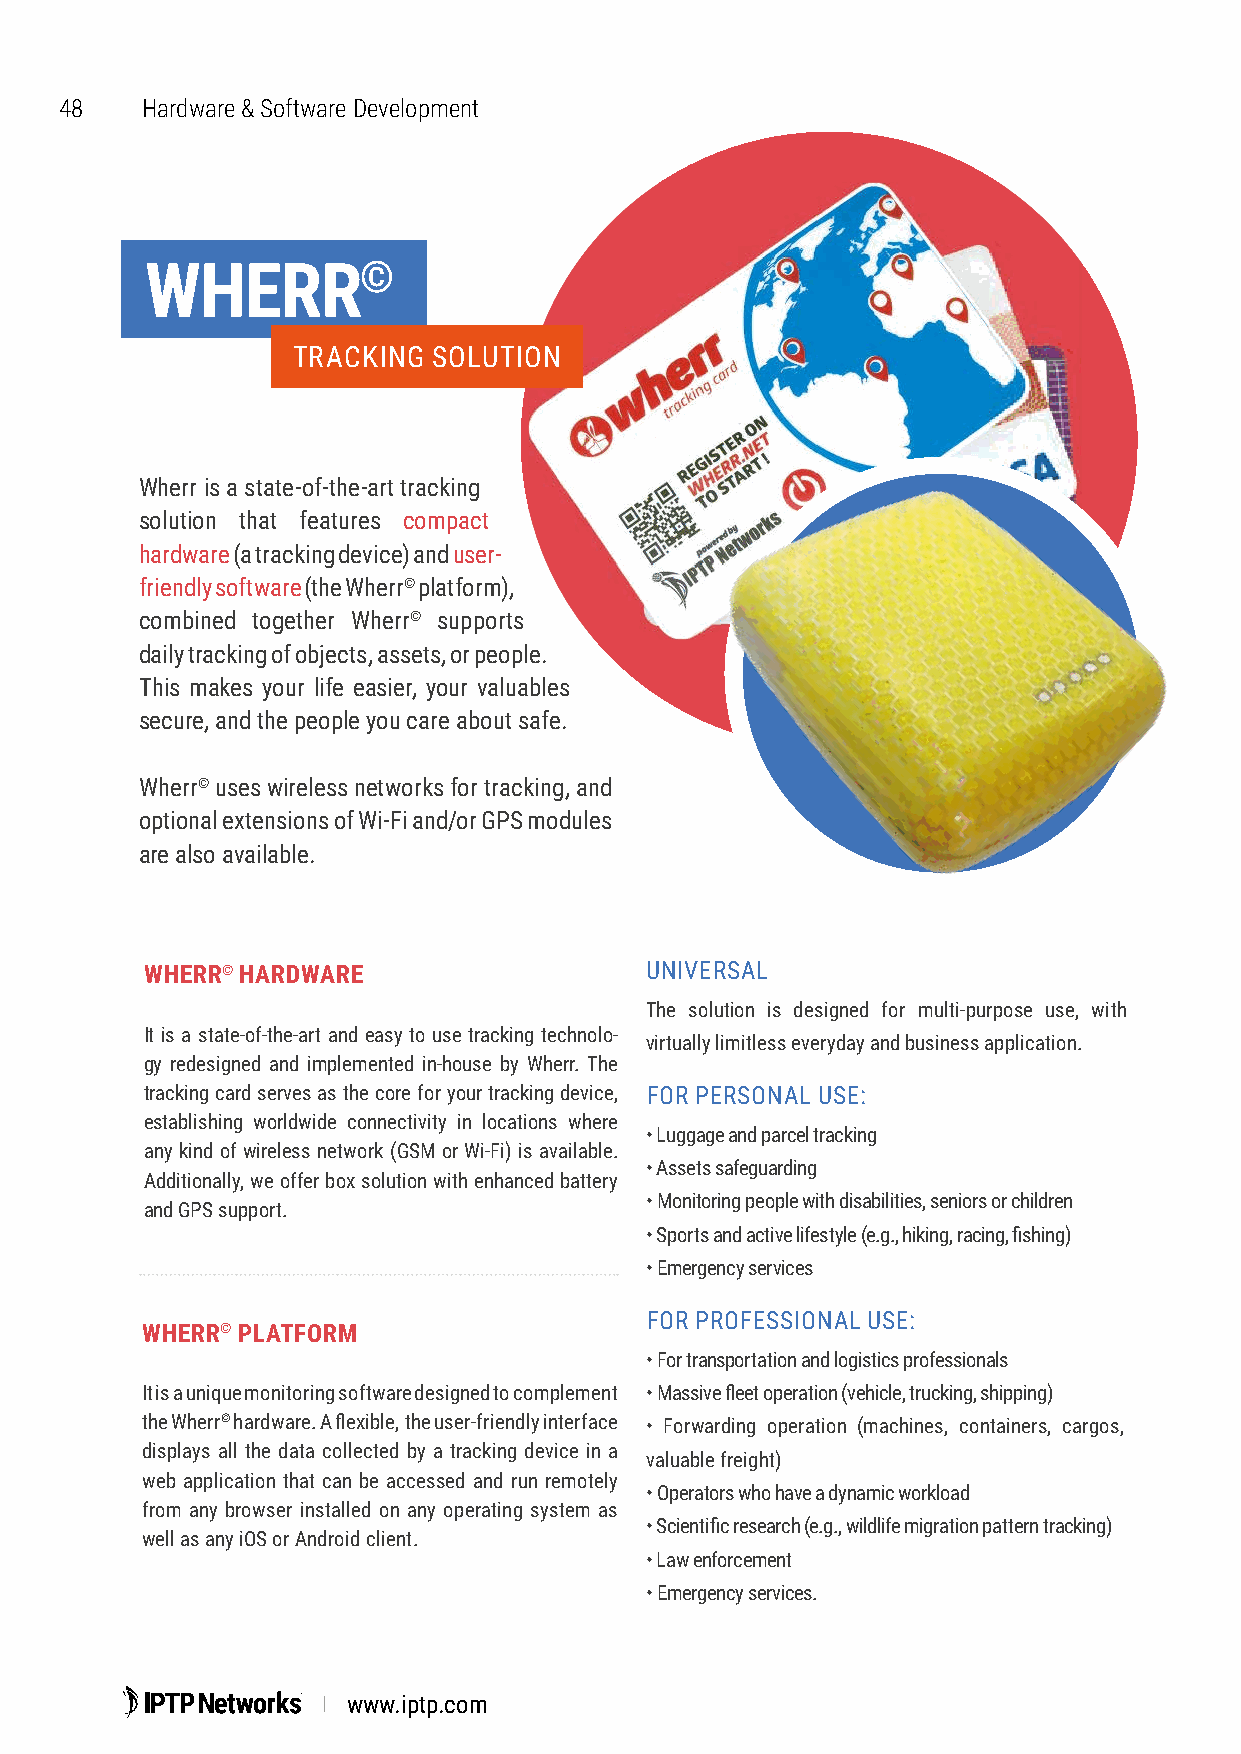
48   Hardware & Software Development
 WHERR©
 TRACKING  SOLUTION
 Wherr is a state-of-the-art tracking
 solution that features compact
 hardware (a tracking device) and user-
 friendly software (the Wherr© platform),
 combined together Wherr© supports
 daily tracking of objects, assets, or people.
 This makes your life easier, your valuables
 secure, and the people you care about safe.
 Wherr© uses wireless networks for tracking, and
 optional extensions of Wi-Fi and/or GPS modules
 are also available.
 WHERR© HARDWARE                  UNIVERSAL
 The solution is designed for multi-purpose use, with
 It is a state-of-the-art and easy to use tracking technolo-
 virtually limitless everyday and business application.
 gy redesigned and implemented in-house by Wherr. The
 tracking card serves as the core for your tracking device, FOR PERSONAL USE:
 establishing worldwide connectivity in locations where
 • Luggage and parcel tracking
 any kind of wireless network (GSM or Wi-Fi) is available.
 • Assets safeguarding
 Additionally, we offer box solution with enhanced battery
 • Monitoring people with disabilities, seniors or children
 and GPS support.
 • Sports and active lifestyle (e.g., hiking, racing, fishing)
 • Emergency services
 FOR PROFESSIONAL USE:
 WHERR© PLATFORM
 • For transportation and logistics professionals
 It is a unique monitoring software designed to complement • Massive fleet operation (vehicle, trucking, shipping)
 the Wherr© hardware. A flexible, the user-friendly interface • Forwarding operation (machines, containers, cargos,
 displays all the data collected by a tracking device in a
 valuable freight)
 web application that can be accessed and run remotely
 • Operators who have a dynamic workload
 from any browser installed on any operating system as
 • Scientific research (e.g., wildlife migration pattern tracking)
 well as any iOS or Android client.
 • Law enforcement
 • Emergency services.
 www.iptp.com